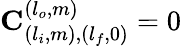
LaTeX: \mathbf{C}_{(l_{i},m),(l_{f},0)}^{(l_{o},m)}=0